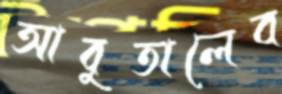
আবুতালেব